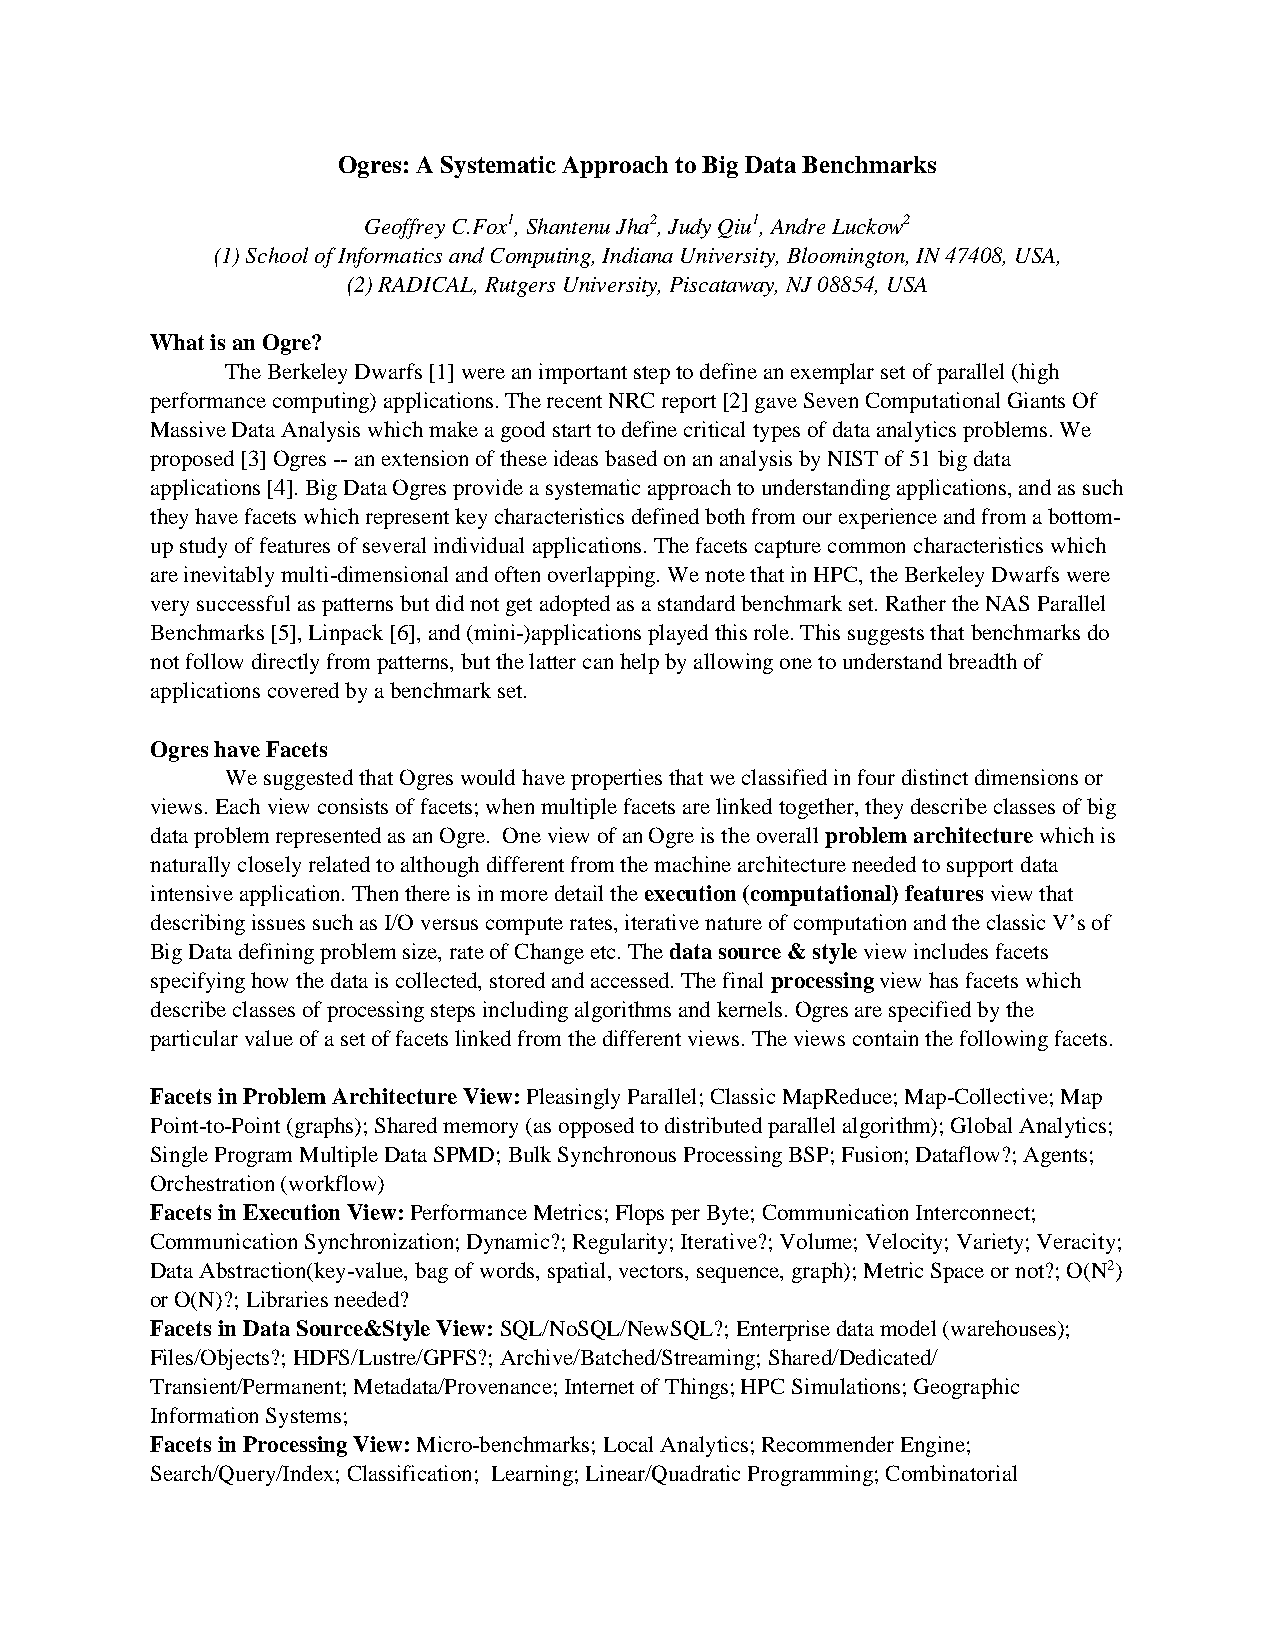
Ogres: A Systematic Approach to Big Data Benchmarks
 Geoffrey C.Fox1, Shantenu Jha2, Judy Qiu1, Andre Luckow2
 (1) School of Informatics and Computing, Indiana University, Bloomington, IN 47408, USA,
 (2) RADICAL, Rutgers University, Piscataway, NJ 08854, USA
 What is an Ogre?
 The Berkeley Dwarfs [1] were an important step to define an exemplar set of parallel (high
 performance computing) applications. The recent NRC report [2] gave Seven Computational Giants Of
 Massive Data Analysis which make a good start to define critical types of data analytics problems. We
 proposed [3] Ogres -- an extension of these ideas based on an analysis by NIST of 51 big data
 applications [4]. Big Data Ogres provide a systematic approach to understanding applications, and as such
 they have facets which represent key characteristics defined both from our experience and from a bottom-
 up study of features of several individual applications. The facets capture common characteristics which
 are inevitably multi-dimensional and often overlapping. We note that in HPC, the Berkeley Dwarfs were
 very successful as patterns but did not get adopted as a standard benchmark set. Rather the NAS Parallel
 Benchmarks [5], Linpack [6], and (mini-)applications played this role. This suggests that benchmarks do
 not follow directly from patterns, but the latter can help by allowing one to understand breadth of
 applications covered by a benchmark set.
 Ogres have Facets
 We suggested that Ogres would have properties that we classified in four distinct dimensions or
 views. Each view consists of facets; when multiple facets are linked together, they describe classes of big
 data problem represented as an Ogre. One view of an Ogre is the overall problem architecture which is
 naturally closely related to although different from the machine architecture needed to support data
 intensive application. Then there is in more detail the execution (computational) features view that
 describing issues such as I/O versus compute rates, iterative nature of computation and the classic V’s of
 Big Data defining problem size, rate of Change etc. The data source & style view includes facets
 specifying how the data is collected, stored and accessed. The final processing view has facets which
 describe classes of processing steps including algorithms and kernels. Ogres are specified by the
 particular value of a set of facets linked from the different views. The views contain the following facets.
 Facets in Problem Architecture View: Pleasingly Parallel; Classic MapReduce; Map-Collective; Map
 Point-to-Point (graphs); Shared memory (as opposed to distributed parallel algorithm); Global Analytics;
 Single Program Multiple Data SPMD; Bulk Synchronous Processing BSP; Fusion; Dataflow?; Agents;
 Orchestration (workflow)
 Facets in Execution View: Performance Metrics; Flops per Byte; Communication Interconnect;
 Communication Synchronization; Dynamic?; Regularity; Iterative?; Volume; Velocity; Variety; Veracity;
 Data Abstraction(key-value, bag of words, spatial, vectors, sequence, graph); Metric Space or not?; O(N2)
 or O(N)?; Libraries needed?
 Facets in Data Source&Style View: SQL/NoSQL/NewSQL?; Enterprise data model (warehouses);
 Files/Objects?; HDFS/Lustre/GPFS?; Archive/Batched/Streaming; Shared/Dedicated/
 Transient/Permanent; Metadata/Provenance; Internet of Things; HPC Simulations; Geographic
 Information Systems;
 Facets in Processing View: Micro-benchmarks; Local Analytics; Recommender Engine;
 Search/Query/Index; Classification; Learning; Linear/Quadratic Programming; Combinatorial